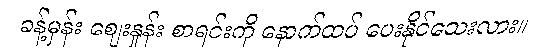
ခန့်မှန်း ဈေးနှုန်း စာရင်းကို နောက်ထပ် ပေးနိုင်သေးလား။